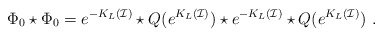
\begin{align*}\Phi_0\star \Phi_0=e^{-K_L(\mathcal{I})}\star Q(e^{K_L(\mathcal{I})})\star e^{-K_L(\mathcal{I})}\star Q(e^{K_L(\mathcal{I})}) \ .\end{align*}